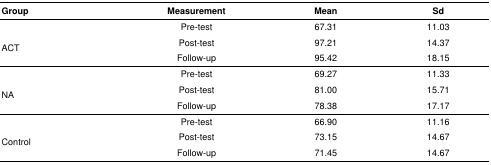
<table><thead><tr><td><b>Group</b></td><td><b>Measurement</b></td><td><b>Mean</b></td><td><b>Sd</b></td></tr></thead><tbody><tr><td rowspan="3">ACT </td><td>Pre-test</td><td>67.31</td><td>11.03</td></tr><tr><td>Post-test</td><td>97.21</td><td>14.37</td></tr><tr><td>Follow-up</td><td>95.42</td><td>18.15</td></tr><tr><td rowspan="3">NA</td><td>Pre-test</td><td>69.27</td><td>11.33</td></tr><tr><td>Post-test</td><td>81.00</td><td>15.71</td></tr><tr><td>Follow-up</td><td>78.38</td><td>17.17</td></tr><tr><td rowspan="3">Control</td><td>Pre-test</td><td>66.90</td><td>11.16</td></tr><tr><td>Post-test</td><td>73.15</td><td>14.67</td></tr><tr><td>Follow-up</td><td>71.45</td><td>14.67</td></tr></tbody></table>